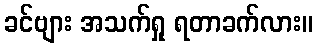
ခင်ဗျား အသက်ရှု ရတာခက်လား။